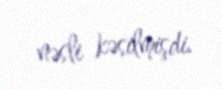
nəsli kəsilmişdi.